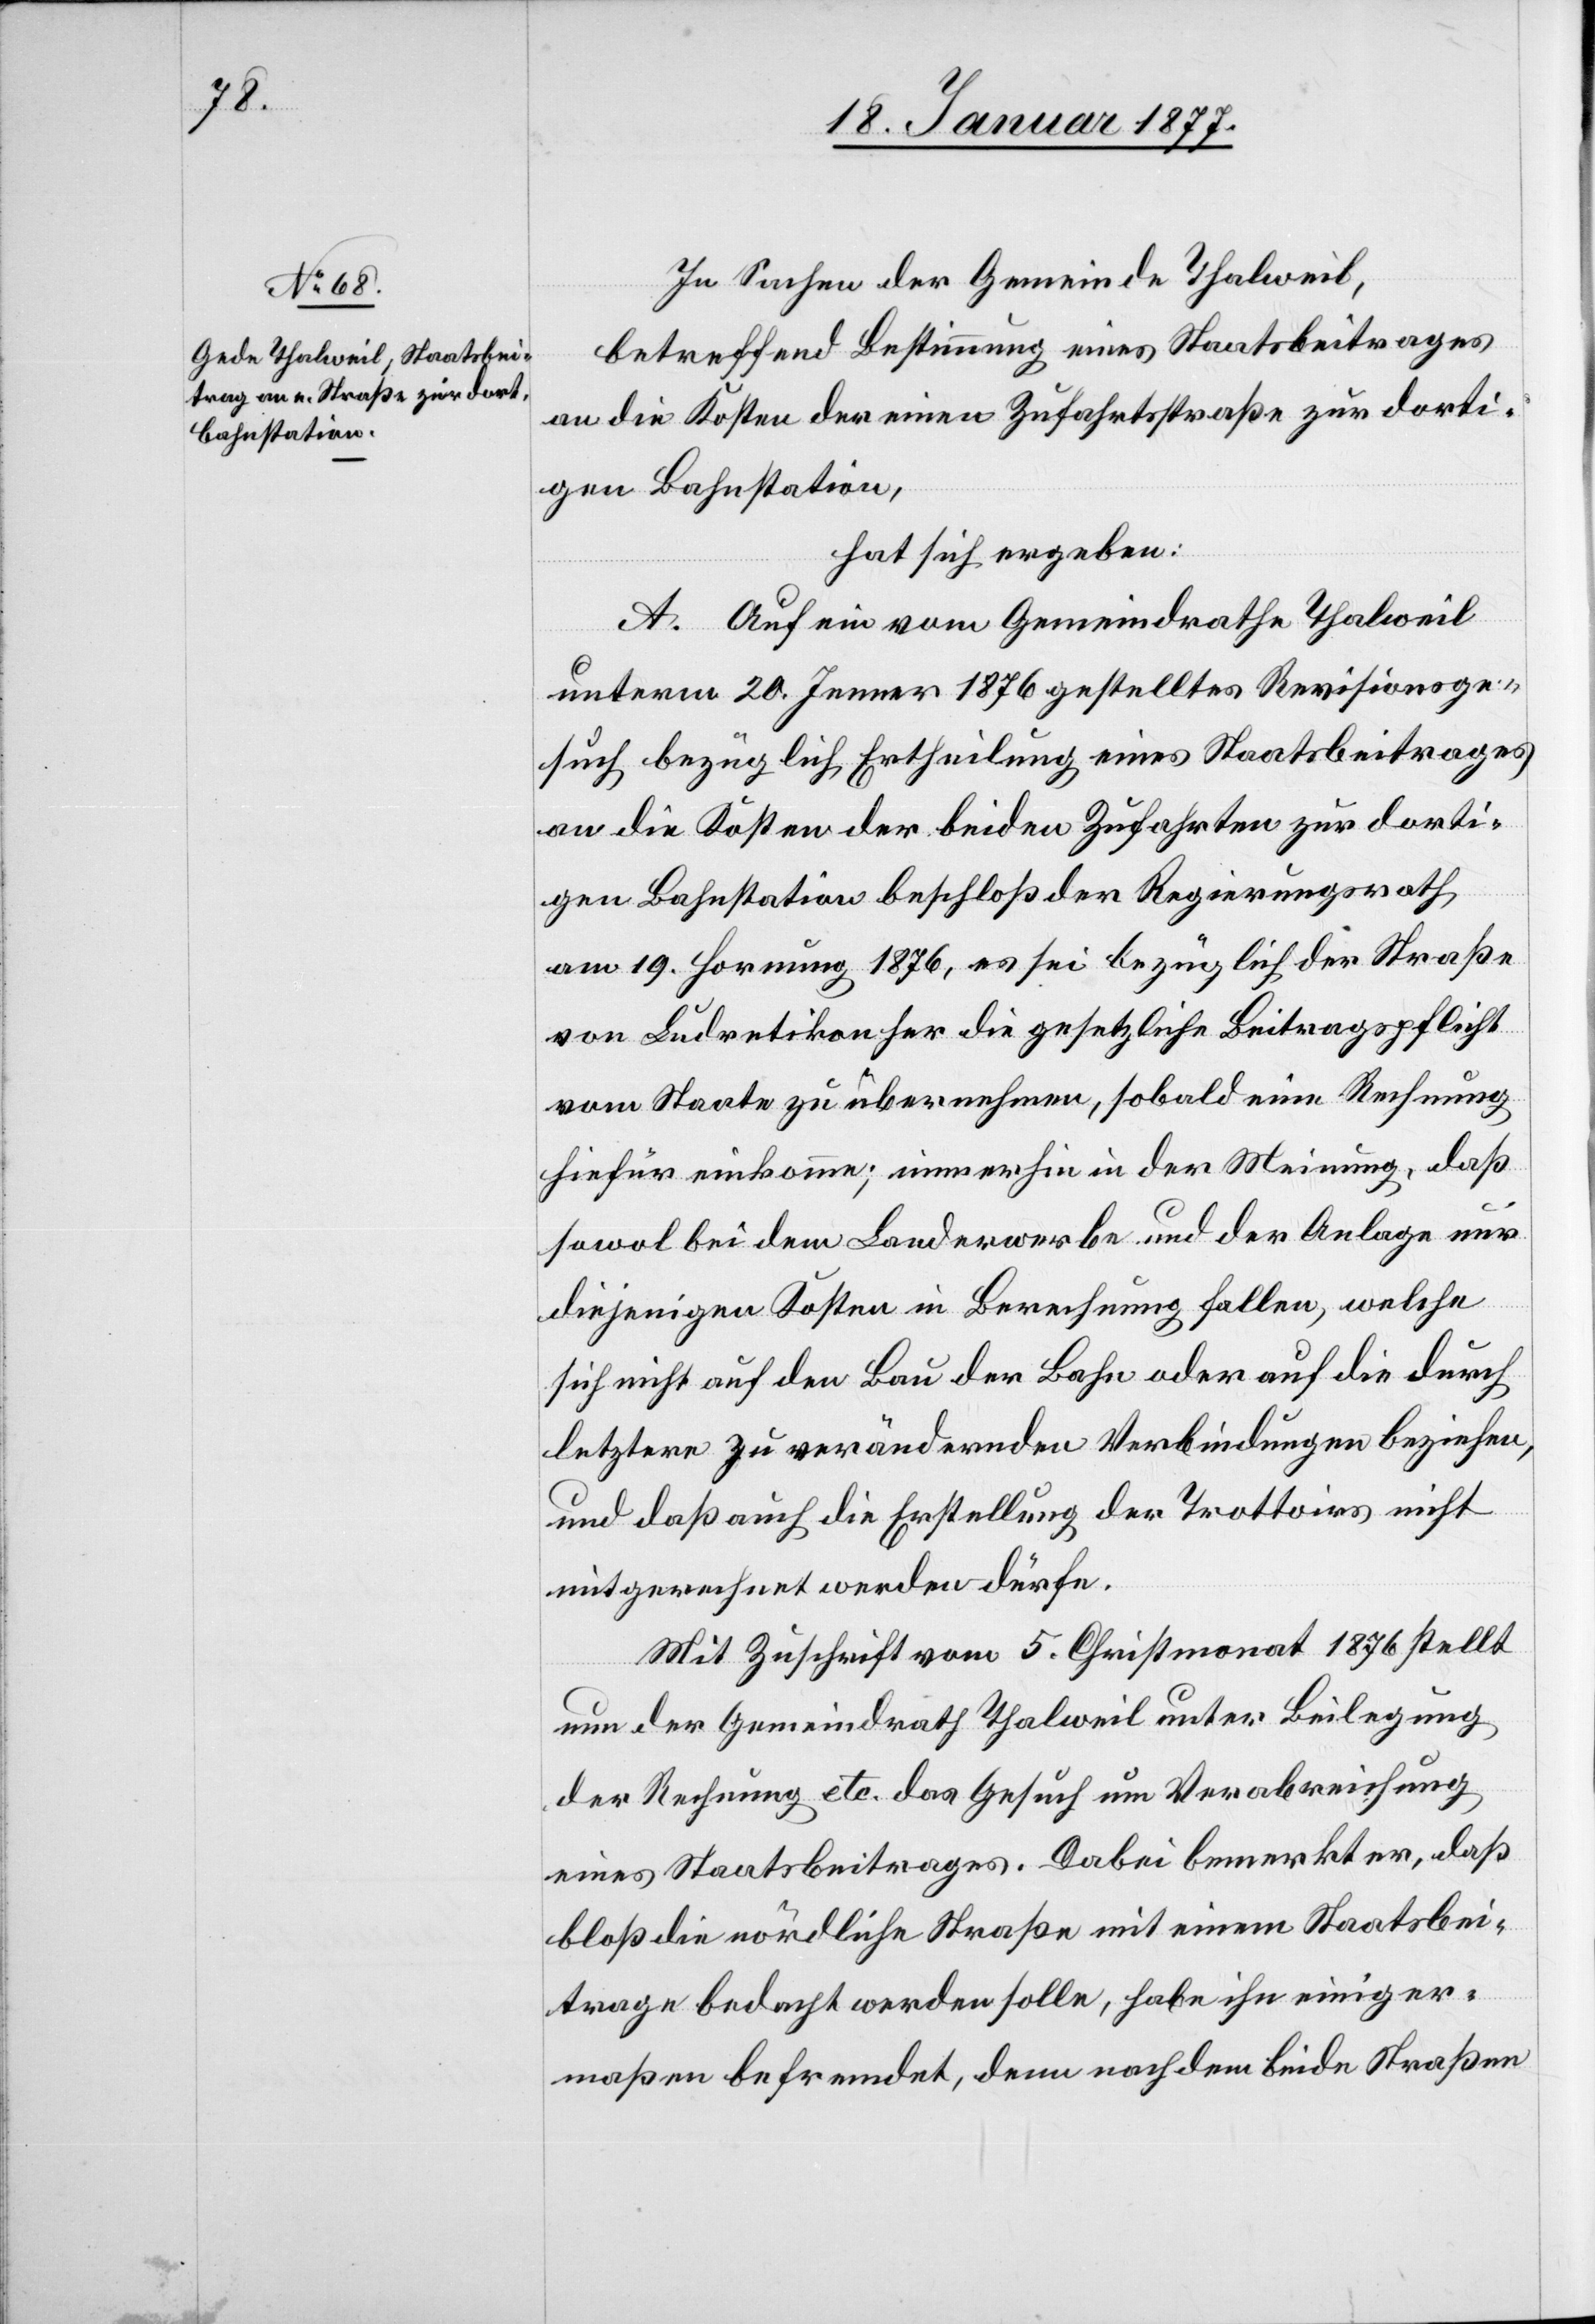
In Sachen der Gemeinde Thalweil,
betreffend Bestimmung eines Staatsbeitrages
an die Kosten der beiden Zufahrtsstraßen zur dorti¬
gen Bahnstation,
hat sich ergeben:
A. Auf ein vom Gemeindrathe Thalweil
unterm 20. Januar 1876 gestelltes Revisionsge¬
such bezüglich Ertheilung eines Staatsbeitrages
gen Bahnstation beschloß der Regierungsrath
am 19. Hornung 1876, es sei bezüglich der Straße
von Ludretikon her die gesetzliche Beitragspflicht
vom Staat zu übernehmen, sobald eine Rechnung
hiefür einkomme; immerhin in der Meinung, daß
sowol bei dem Landerwerbe und der Anlage nur
diejenigen Kosten in Berechnung fallen, welche
sich nicht auf den Bau der Bahn oder auf die durch
letztere zu verändernden Verbindungen beziehe,
und daß auch die Erstellung der Trottoirs nicht
mitgerechnet werden dürfe.
Mit Zuschrift vom 5. Christmonat 1876 stellt
nun der Gemeindrath Thalweil unter Beilegung
der Rechnung etc. das Gesuch um Verabreichung
eines Staatsbeitrages. Dabei bemerkt er, daß
bloß die nördliche Straße mit einem Staatsbei¬
trage bedacht werden solle, habe ihn einiger¬
maßen befremdet, denn nachdem beide Straßen